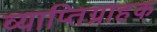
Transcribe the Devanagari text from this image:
व्याप्तिग्राहक